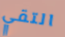
التقي